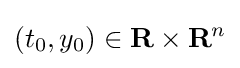
(t_{0},y_{0})\in \mathbf {R} \times \mathbf {R} ^{n}